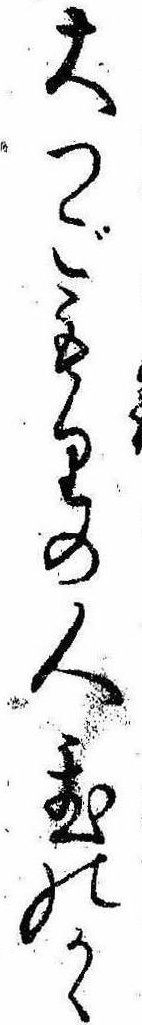
大つごもりの人置のかゝ